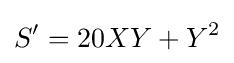
S'=20XY+Y^{2}